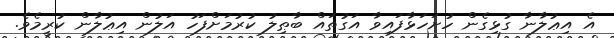
އެ އިޢުލާނާ ގުޅިގެން ހުށަހަޅާފައިވާ އަގުތައް ބާޠިލު ކުރުމަށްފަހު އަލުން އިޢުލާން ކުރީމެވެ.